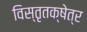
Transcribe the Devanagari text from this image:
विस्तृतक्षेत्र